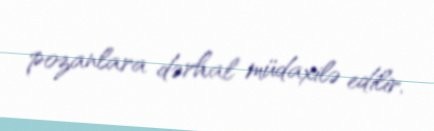
pozanlara dərhal müdaxilə edilir.